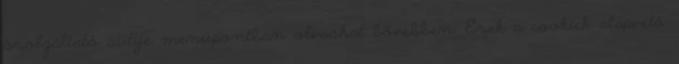
szolgáltató sütije menüpontban olvashat bővebben. Ezek a cookiek alapvető